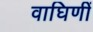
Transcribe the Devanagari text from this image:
वाघिणीं